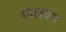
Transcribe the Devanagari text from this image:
शालवन